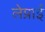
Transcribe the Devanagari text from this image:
लेप्राई